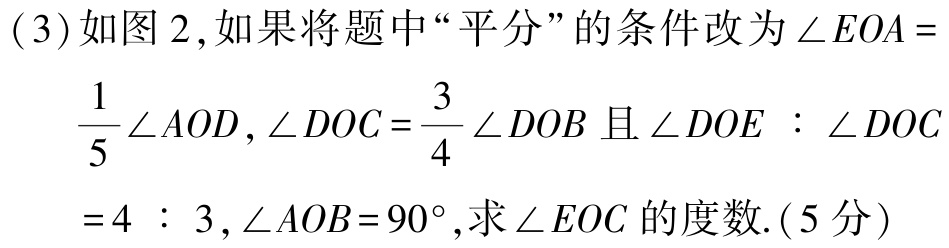
(3)如图2,如果将题中“平分”的条件改为$\angle EOA = \frac{1}{5}\angle AOD,\angle DOC=\frac{3}{4}\angle DOB$且$\angle DOE:\angle DOC = 4:3,\angle AOB = 90^{\circ}$,求$\angle EOC$的度数.(5分)